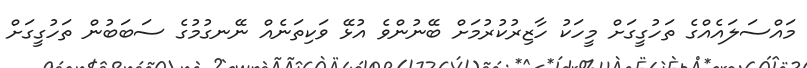
މައްސަލައެއްގެ ތަހުގީގަށް މީހަކު ހާޒިރުކުރުމަށް ބޭނުންވެ އުޅޭ ވަކިތަނެއް ނޭނގުމުގެ ސަބަބުން ތަހުގީގަށް